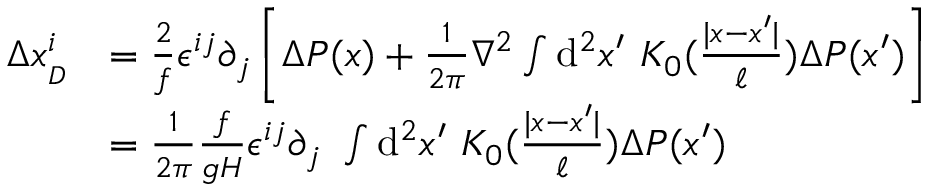
\begin{array} { r l } { \Delta x _ { _ { D } } ^ { i } } & { = \frac { 2 } { f } \epsilon ^ { i j } \partial _ { j } \left[ \Delta P ( x ) + \frac { 1 } { 2 \pi } \nabla ^ { 2 } \int \ensuremath { \operatorname { d } \! ^ { 2 } } x ^ { \prime } \ K _ { 0 } ( \frac { | x - x ^ { \prime } | } { \ell } ) \Delta P ( x ^ { \prime } ) \right] } \\ & { = \frac { 1 } { 2 \pi } \frac { f } { g H } \epsilon ^ { i j } \partial _ { j } \ \int \ensuremath { \operatorname { d } \! ^ { 2 } } x ^ { \prime } \ K _ { 0 } ( \frac { | x - x ^ { \prime } | } { \ell } ) \Delta P ( x ^ { \prime } ) } \end{array}